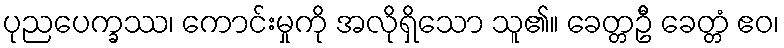
ပုညပေက္ခဿ၊ ကောင်းမှုကို အလိုရှိသော သူ၏။ ခေတ္တဦိ ခေတ္တံ ဧဝ၊